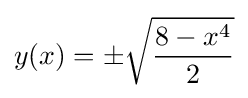
y(x)=\pm {\sqrt {\frac {8-x^{4}}{2}}}